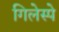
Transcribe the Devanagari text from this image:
गिलेस्पे